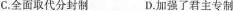
C.全面取代分封制D.加强了君主专制